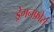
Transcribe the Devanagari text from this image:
ड्रेगनफ़ोर्स